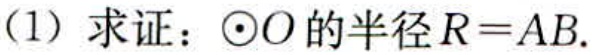
(1) 求证：$\odot O$的半径$R = AB$.